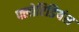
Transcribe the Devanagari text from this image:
फ्लोरिडियंस